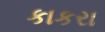
કાકરા